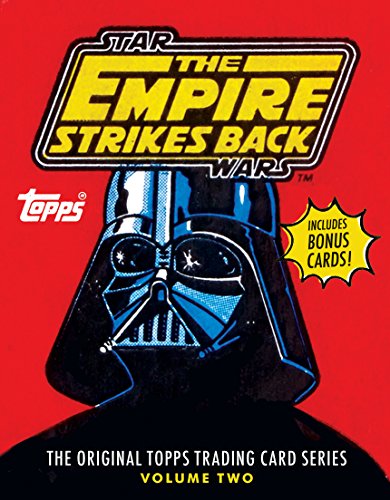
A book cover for Star Wars: The Empire Strikes Back: The Original Topps Trading Card Series, Volume Two; Gary Gerani; Humor & Entertainment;